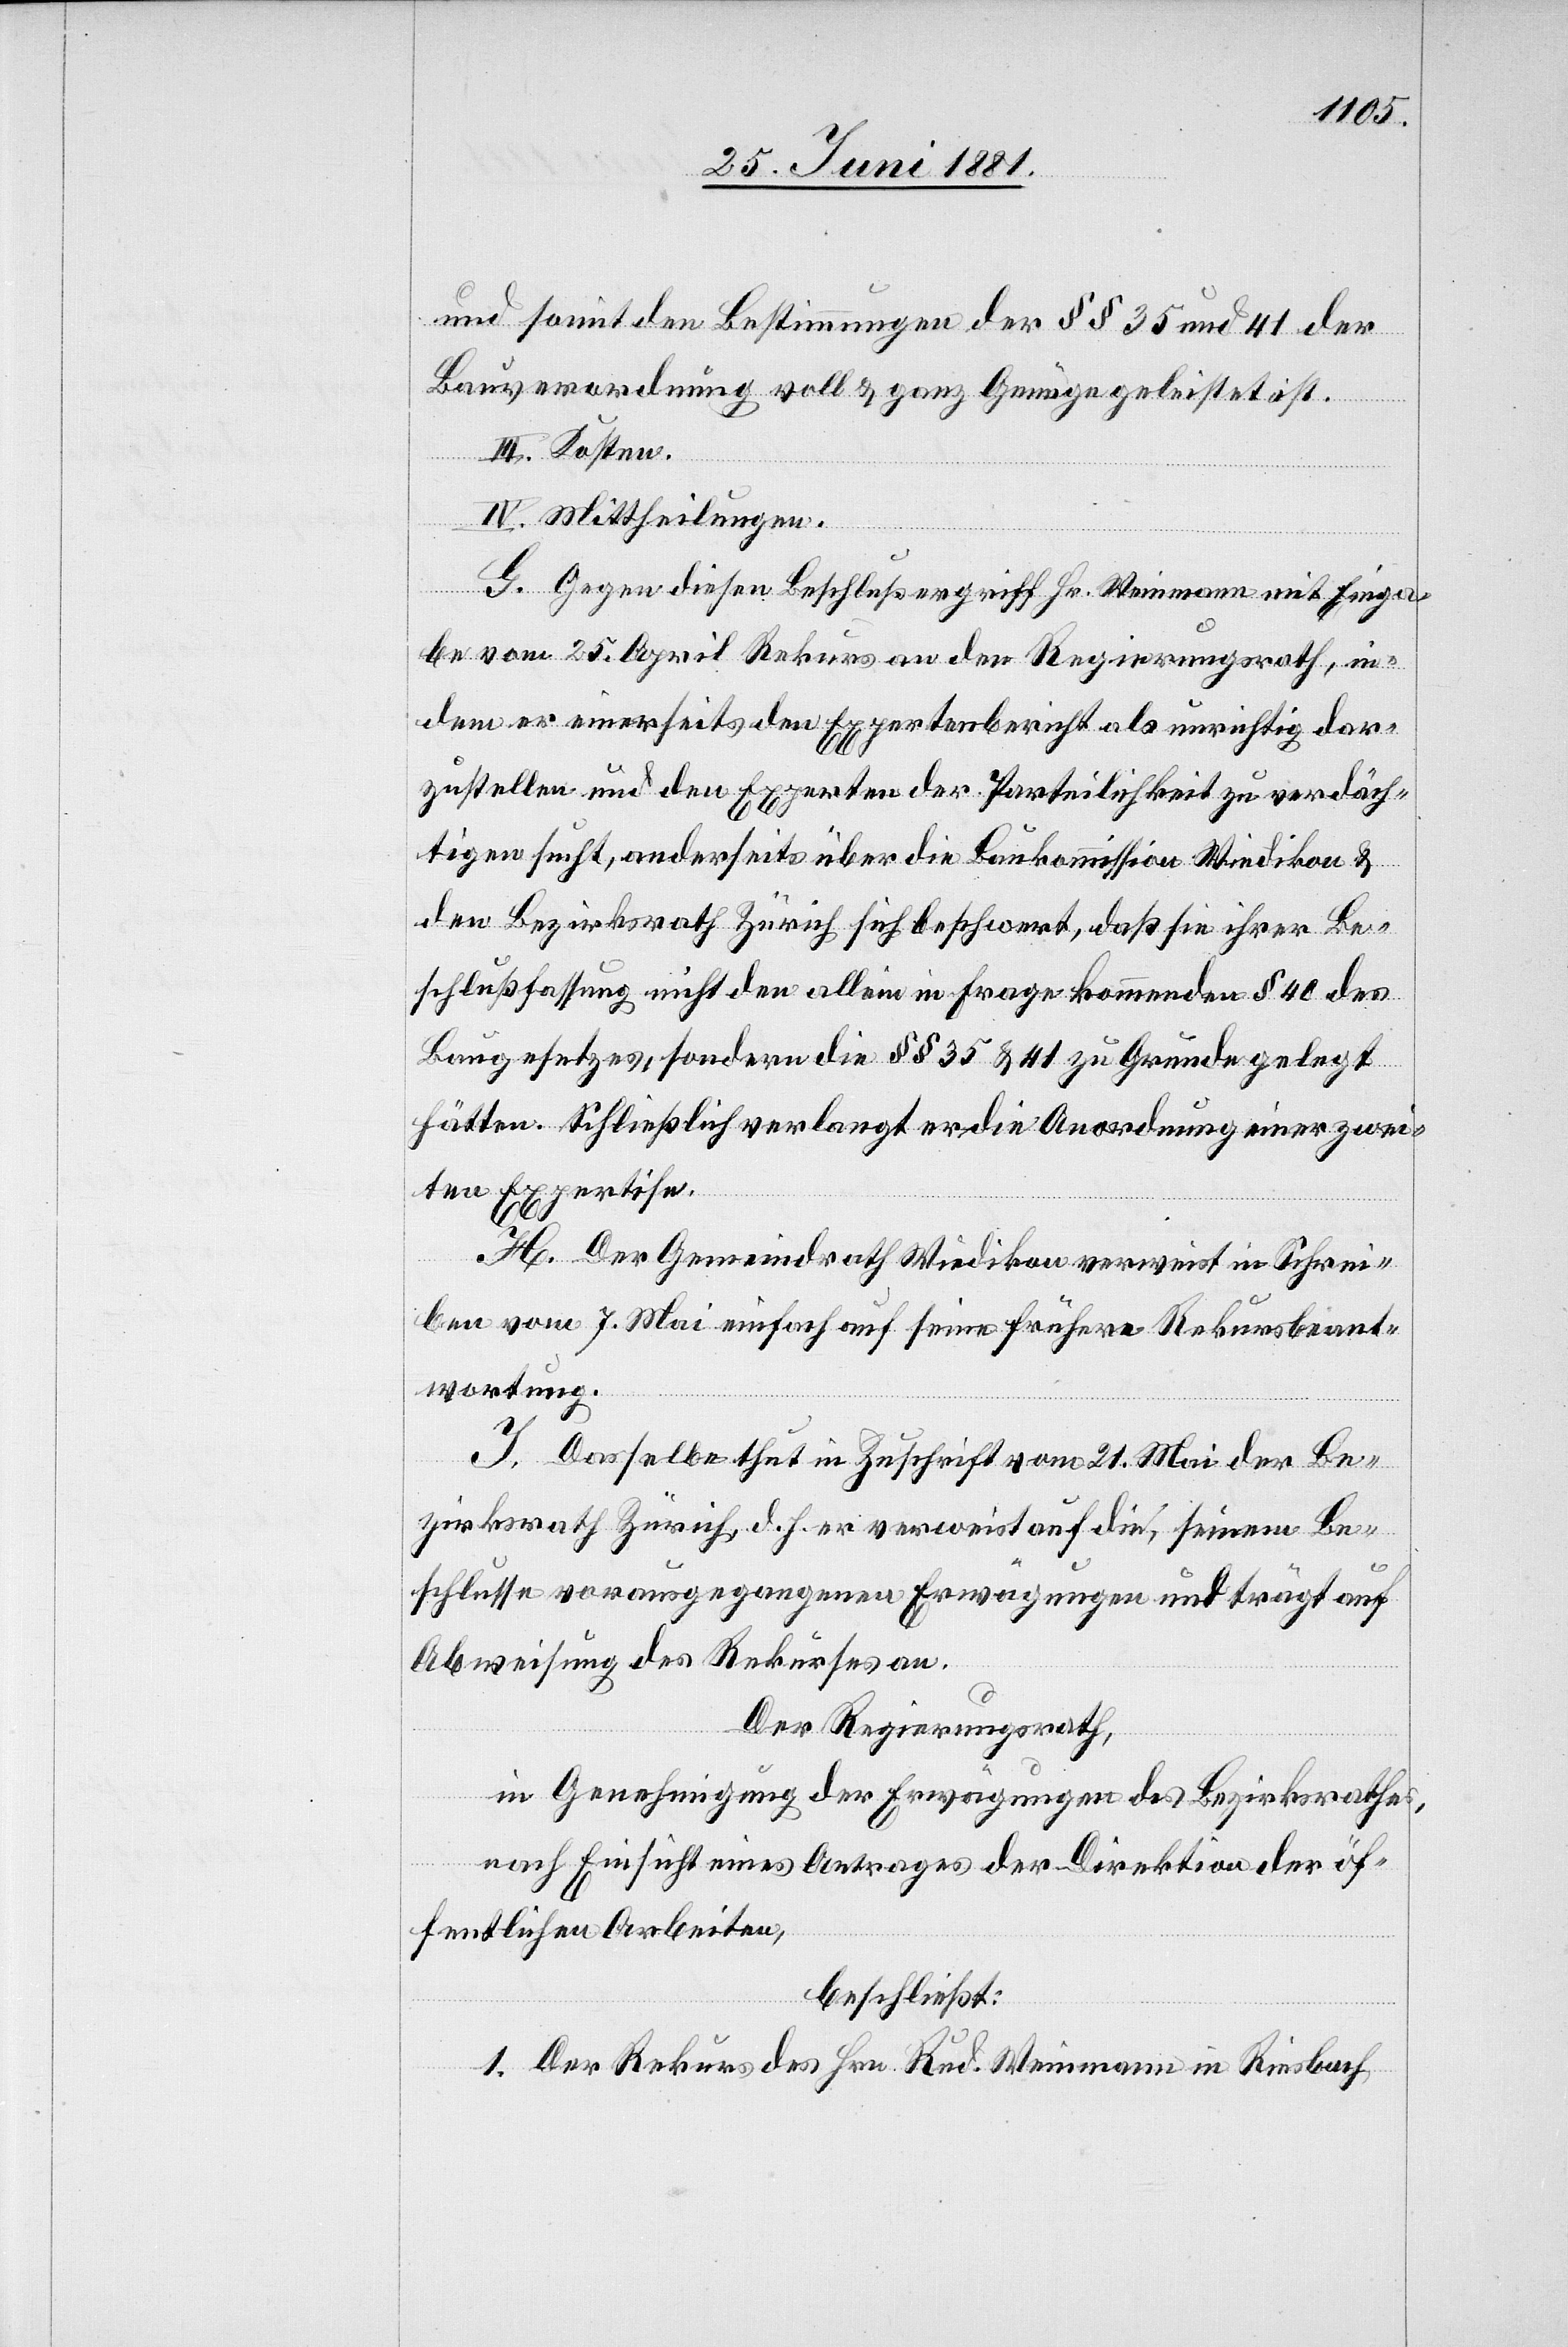
und somit den Bestimmungen der §§ 35 und 41 der
Bauverordnung voll & ganz Genüge geleistet ist.
III. Kosten.
IV. Mittheilung.
G. Gegen diesen Beschluß ergriff Hr. Weinmann mit Einga¬
be vom 25. April Rekurs an den Regierungsrath, in
dem er einerseits den Expertenbericht als unrichtig dar¬
zustellen und den Experten der Parteilichkeit zu verdäch¬
tigen sucht, anderseits über die Baukommission Wiedikon &
den Bezirksrath Zürich sich beschwert, daß sie ihrer Be¬
schlußfassung nicht den allein in Frage kommenden § 40 des
Baugesetzes, sondern die §§ 35 & 41 zu Grunde gelegt
hätten. Schließlich verlangt er die Anordnung einer zwei¬
ten Expertise.
H. Der Gemeindrath Wiedikon verweist in Schrei¬
ben vom 7. Mai einfach auf seine frühere Rekursbeant¬
wortung.
J. Dasselbe thun in Zuschrift vom 21. Mai der Be¬
zirksrath Zürich, d. h. er verweist auf die, seinem Be¬
schlusse vorausgegangenen Erwägungen und trägt auf
Abweisung des Rekurses an.
Der Regierungsrath,
in Genehmigung der Erwägungen des Bezirksrathes,
nach Einsicht eines Antrages der Direktion der öf¬
fentlichen Arbeiten,
beschließt:
1. Der Rekurs des Hrn. Rud. Weinmann in Riesbach